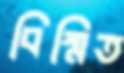
বিম্মিত